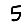
Digit: 5